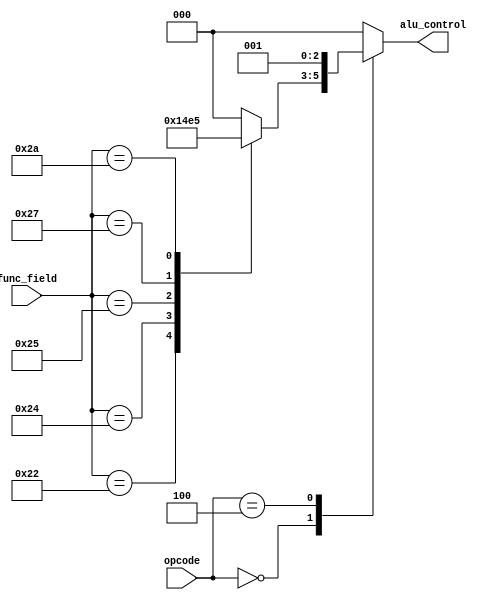
`timescale 1ns / 1ps
//////////////////////////////////////////////////////////////////////////////////
// Company: 
// Engineer: 
// 
// Design Name: 
// Module Name: Alu_Control
// Project Name: 
// Target Devices: 
// Tool Versions: 
// Description: 
// 
// Dependencies: 
// 
// Revision:
// Revision 0.01 - File Created
// Additional Comments:
// 
//////////////////////////////////////////////////////////////////////////////////


module Alu_Control( opcode, func_field,	alu_control);
	 
input [5:0] opcode;
input [5:0] func_field;
output reg [2:0] alu_control;
reg [2:0] func_code;

always @ (*)
begin //for r type instructions  , the type of operation is determined by the function field (opcode field will remain as all zeroes).
	case (func_field)
	6'h20: func_code = 3'h0; //ADD
	6'h22: func_code = 3'h1; //SUB
	6'h24: func_code = 3'h2; //AND
	6'h25: func_code = 3'h3; //OR
	6'h27: func_code = 3'h4; //NOR
	6'h2A: func_code = 3'h5; //SLT
	default: func_code = 3'h0;
	endcase

    //for other instructions 
	case (opcode)
	6'h00: alu_control = func_code;
	6'h04: alu_control = 3'h1; //BEQ
	6'h23: alu_control = 3'h0; //LW
	6'h2B: alu_control = 3'h0; //SW
	default: alu_control = 3'h0;
	endcase
end
endmodule